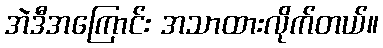
အဲဒီအကြောင်း အသာထားလိုက်တယ်။